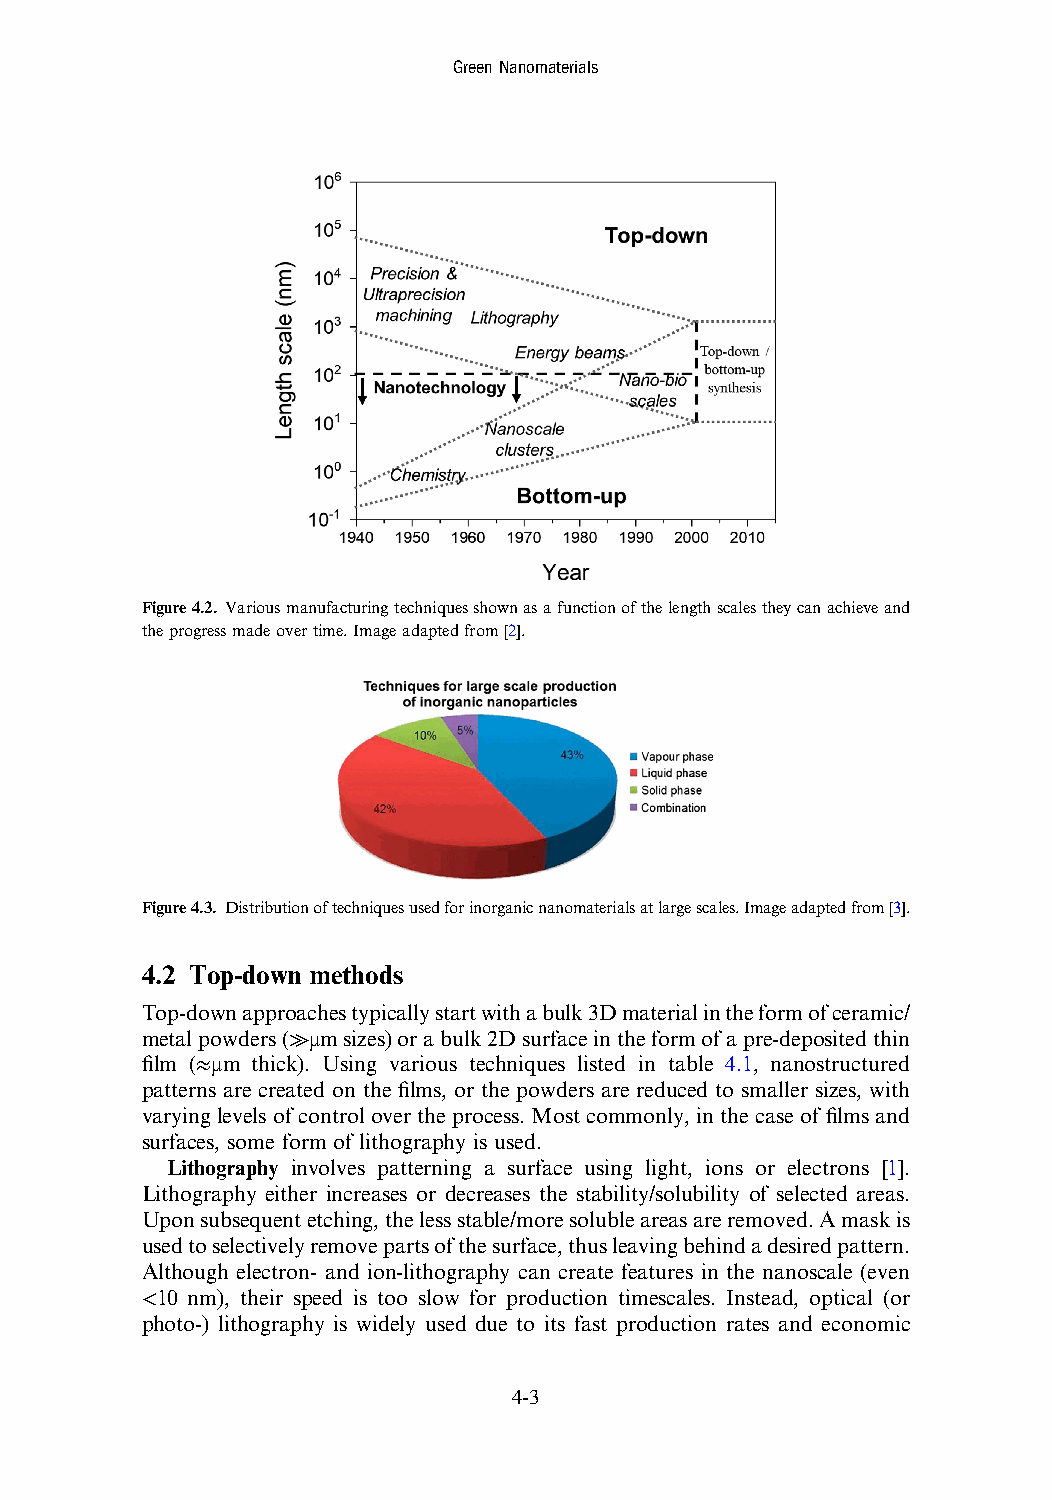
GreenNanomaterials
 Figure4.2. Variousmanufacturingtechniquesshownasafunctionofthelengthscalestheycanachieveand
 theprogressmadeovertime.Imageadaptedfrom[2].
 Figure4.3. Distributionoftechniquesusedforinorganicnanomaterialsatlargescales.Imageadaptedfrom[3].
 4.2 Top-down methods
 Top-downapproachestypicallystartwithabulk3Dmaterialintheformofceramic/
 metalpowders(≫μmsizes)orabulk2Dsurfaceintheformofapre-depositedthin
 film (≈μm thick). Using various techniques listed in table 4.1, nanostructured
 patterns are created on the films, or the powders are reduced to smaller sizes, with
 varying levels of control over the process. Most commonly, in the case of films and
 surfaces, some form of lithography is used.
 Lithography involves patterning a surface using light, ions or electrons [1].
 Lithography either increases or decreases the stability/solubility of selected areas.
 Uponsubsequentetching,thelessstable/moresolubleareasareremoved.Amaskis
 usedtoselectivelyremovepartsofthesurface,thusleavingbehindadesiredpattern.
 Although electron- and ion-lithography can create features in the nanoscale (even
 <10 nm), their speed is too slow for production timescales. Instead, optical (or
 photo-) lithography is widely used due to its fast production rates and economic
 4-3